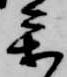
参